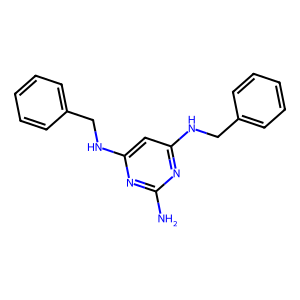
SMILES: Nc1nc(NCc2ccccc2)cc(NCc2ccccc2)n1
Inhibits HIV replication: No